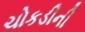
ચોકડીની